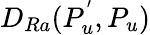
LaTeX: D_{Ra}(P_{u}^{'},P_{u})